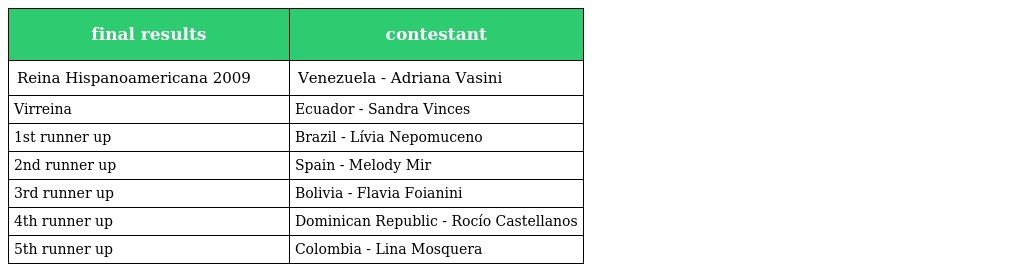
| final results | contestant |
 | --- | --- |
 | Reina Hispanoamericana 2009 | Venezuela - Adriana Vasini |
 | Virreina | Ecuador - Sandra Vinces |
 | 1st runner up | Brazil - Lívia Nepomuceno |
 | 2nd runner up | Spain - Melody Mir |
 | 3rd runner up | Bolivia - Flavia Foianini |
 | 4th runner up | Dominican Republic - Rocío Castellanos |
 | 5th runner up | Colombia - Lina Mosquera |